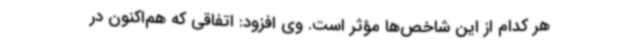
هر کدام از این شاخص‌ها مؤثر است. وی افزود: اتفاقی که هم‌اکنون در